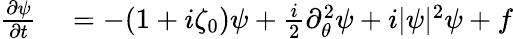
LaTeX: \begin{array}{rl}{\frac{\partial\psi}{\partial t}}&{{}=-(1+i\zeta_{0})\psi+\frac{i}{2}\partial_{\theta}^{2}\psi+i|\psi|^{2}\psi+f}\end{array}